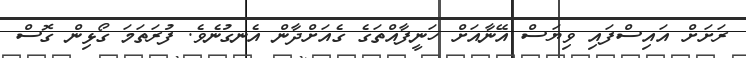
ރަށަށް އައިސްފައި ވިޔަސް އޭނާއަށް ހަނީފާއްތަގެ ގެއަށްދާން އެނގުނެވެ. ފުރަތަމަ ގޯޅިން ގޮސް